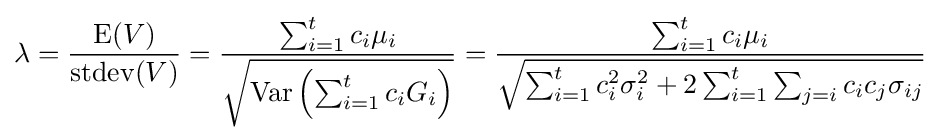
\lambda ={\frac {\operatorname {E} (V)}{\operatorname {stdev} (V)}}={\frac {\sum _{i=1}^{t}c_{i}\mu _{i}}{\sqrt {{\text{Var}}\left(\sum _{i=1}^{t}c_{i}G_{i}\right)}}}={\frac {\sum _{i=1}^{t}c_{i}\mu _{i}}{\sqrt {\sum _{i=1}^{t}c_{i}^{2}\sigma _{i}^{2}+2\sum _{i=1}^{t}\sum _{j=i}c_{i}c_{j}\sigma _{ij}}}}